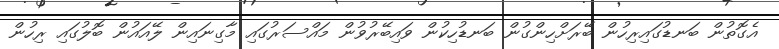
އެގޮތުން ބަނޑުގައިރިހުން ބޭރަށްހިންގުން ބަނޑުހިކުން ވައިބޭރުވުން މައްސަރުގައި މާގިނައިން ލޭއައުން ބޮލުގައި ރިހުން